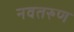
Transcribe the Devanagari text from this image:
नवतरुण